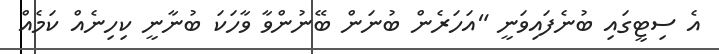
އެ ސިޓީގައި ބުނެފައިވަނީ "އަހަރެން ބުނަން ބޭނުންވާ ވާހަކަ ބުނާނީ ކިހިނެއް ކަމެއް